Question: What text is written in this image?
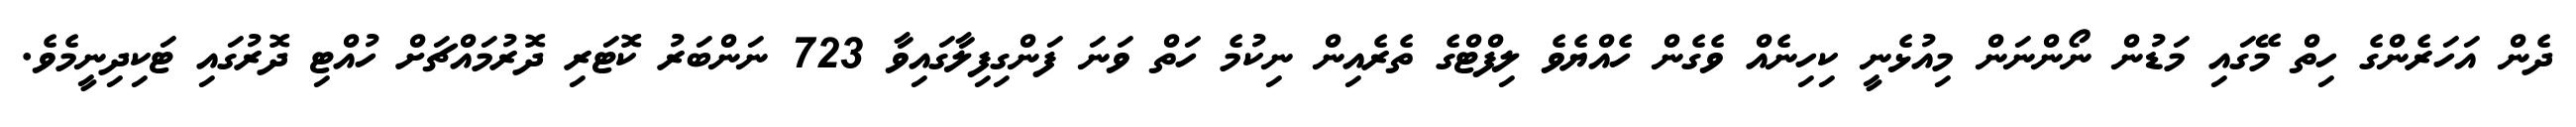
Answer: ދެން އަހަރެންގެ ހިތް މޭގައި މަޑުން ނޯންނަން މިއުޅެނީ ކިހިނެއް ވެގެން ހެއްޔެވެ ލިފްޓްގެ ތެރެއިން ނިކުމެ ހަތް ވަނަ ފަންގިފިލާގައިވާ 723 ނަންބަރު ކޮޓަރި ދޮރުމައްޗަށް ހުއްޓި ދޮރުގައި ޓަކިދިނީމެވެ.